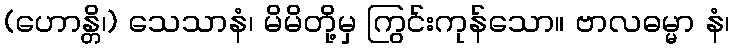
(ဟောန္တိ၊) သေသာနံ၊ မိမိတို့မှ ကြွင်းကုန်သော။ ဗာလဓမ္မာ နံ၊